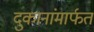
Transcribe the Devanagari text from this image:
दुकानांमार्फत